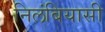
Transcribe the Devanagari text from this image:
निलंबियासी